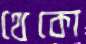
থেকো